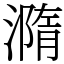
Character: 𣿂